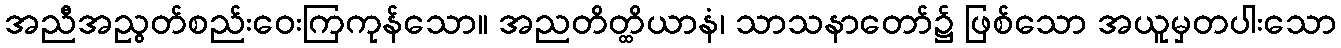
အညီအညွတ်စည်းဝေးကြကုန်သော။ အညတိတ္ထိယာနံ၊ သာသနာတော်၌ ဖြစ်သော အယူမှတပါးသော